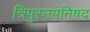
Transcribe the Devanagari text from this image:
त्रिपुरउपनिषद